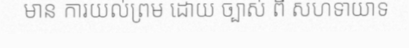
មាន ការយល់ព្រម ដោយ ច្បាស់ ពី សហទាយាទ